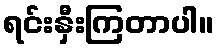
ရင်းနှီးကြတာပါ။